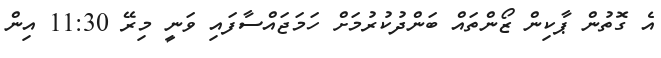
އެ ގޮތުން ޕާކިން ޒޯންތައް ބަންދުކުރުމަށް ހަމަޖައްސާފައި ވަނީ މިރޭ 11:30 އިން